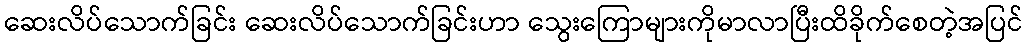
ဆေးလိပ်သောက်ခြင်း ဆေးလိပ်သောက်ခြင်းဟာ သွေးကြောများကိုမာလာပြီးထိခိုက်စေတဲ့အပြင်